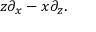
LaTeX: z \partial _ { x } - x \partial _ { z } . \,